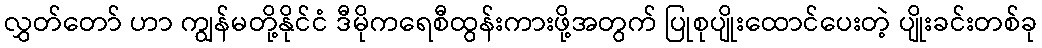
လွှတ်တော် ဟာ ကျွန်မတို့နိုင်ငံ ဒီမိုကရေစီထွန်းကားဖို့အတွက် ပြုစုပျိုးထောင်ပေးတဲ့ ပျိုးခင်းတစ်ခု